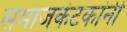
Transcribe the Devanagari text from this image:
समाजकंटकांनी